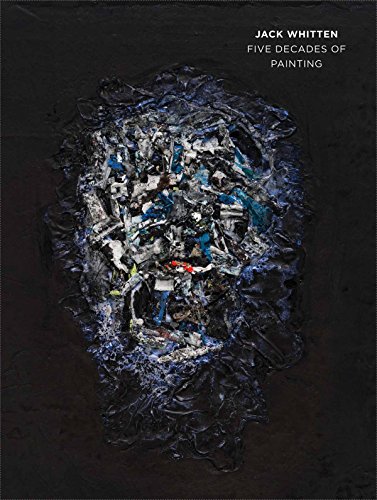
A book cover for Jack Whitten: Five Decades of Painting; Kathryn Kanjo; Arts & Photography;